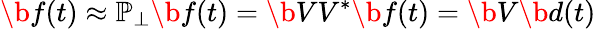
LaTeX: \b{f}(t)\approx\mathbb{P}_{\perp}\b{f}(t)=\b{VV}^{*}\b{f}(t)=\b{V}\b{d}(t)